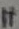
if